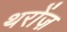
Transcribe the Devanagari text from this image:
थरोंज़